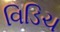
વિડિચ